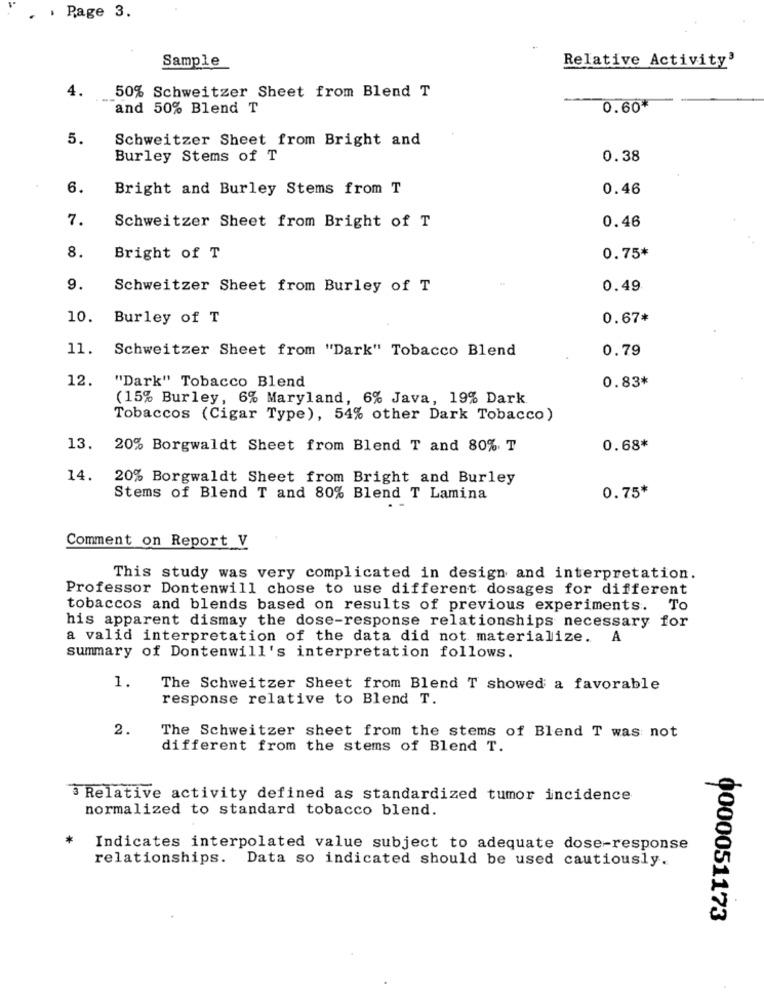
. Page 3.
Sample
Relative Activity3
4.
50% Schweitzer Sheet from Blend T
and 50% Blend T
0.60*
5.
Schweitzer Sheet from Bright and
Burley Stems of T
0.38
6.
Bright and Burley Stems from T
0.46
7.
0.46
Schweitzer Sheet from Bright of T
8.
Bright of T
0.75*
9.
Schweitzer Sheet from Burley of T
0.49
10.
Burley of T
0.67*
11.
Schweitzer Sheet from "Dark" Tobacco Blend
0.79
12.
"Dark" Tobacco Blend
0.83*
(15% Burley, 6% Maryland, 6% Java, 19% Dark
Tobaccos (Cigar Type), 54% other Dark Tobacco)
13.
20% Borgwaldt Sheet from Blend T and 80%. T
0.68*
14.
20% Borgwaldt Sheet from Bright and Burley
Stems of Blend T and 80% Blend T Lamina
0.75*
Comment on Report V
This study was very complicated in design and interpretation.
Professor Dontenwill chose to use different dosages for different
tobaccos and blends based on results of previous experiments. To
his apparent dismay the dose-response relationships necessary for
a valid interpretation of the data did not materialize. A
summary of Dontenwill's interpretation follows.
1.
The Schweitzer Sheet from Blend T showed a favorable
response relative to Blend T.
2.
The Schweitzer sheet from the stems of Blend T was not
different from the stems of Blend T.
3 Relative activity defined as standardized tumor incidence
normalized to standard tobacco blend.
*
Indicates interpolated value subject to adequate dose-response
relationships. Data so indicated should be used cautiously.
0000051173